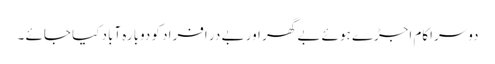
دوسراکام اجڑے ہوئے بے گھر اور بے در افراد کو دوبارہ آباد کیا جائے ۔